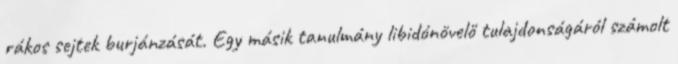
rákos sejtek burjánzását. Egy másik tanulmány libidónövelő tulajdonságáról számolt